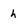
Character: h